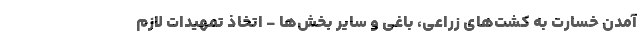
آمدن خسارت به کشت‌های زراعی، باغی و سایر بخش‌ها - اتخاذ تمهیدات لازم